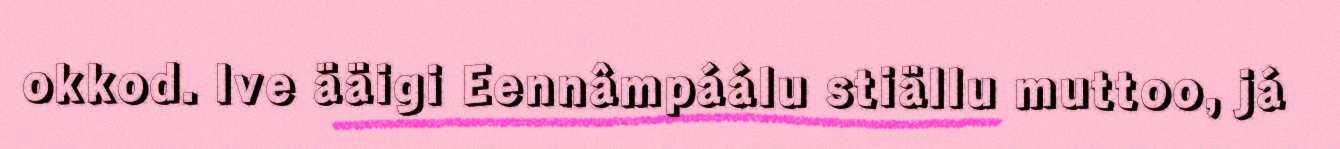
okkod. Ive ääigi Eennâmpáálu stiällu muttoo, já